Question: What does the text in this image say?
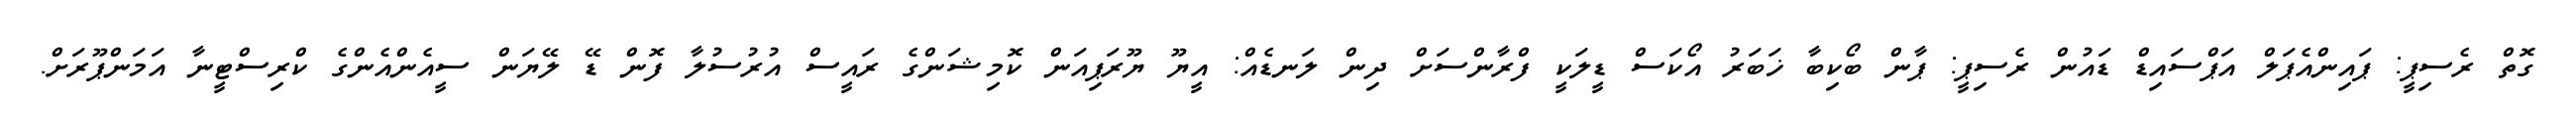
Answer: ގޮތް ރެސިޕީ: ޕައިންއެޕަލް އަޕްސައިޑް ޑައުން ރެސިޕީ: ޕާން ބޯކިބާ ޚަބަރު އޯކަސް ޑީލަކީ ފްރާންސަށް ދިން ލަނޑެއް: އީޔޫ ޔޫރަޕިއަން ކޮމިޝަންގެ ރައީސް އުރުސުލާ ފޮން ޑޭ ލޭޔަން ސީއެންއެންގެ ކްރިސްޓީނާ އަމަންޕޫރަށް.